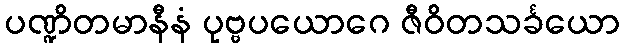
ပဏ္ဍိတမာနီနံ ပုဗ္ဗပယောဂေ ဇီဝိတသင်္ခယော